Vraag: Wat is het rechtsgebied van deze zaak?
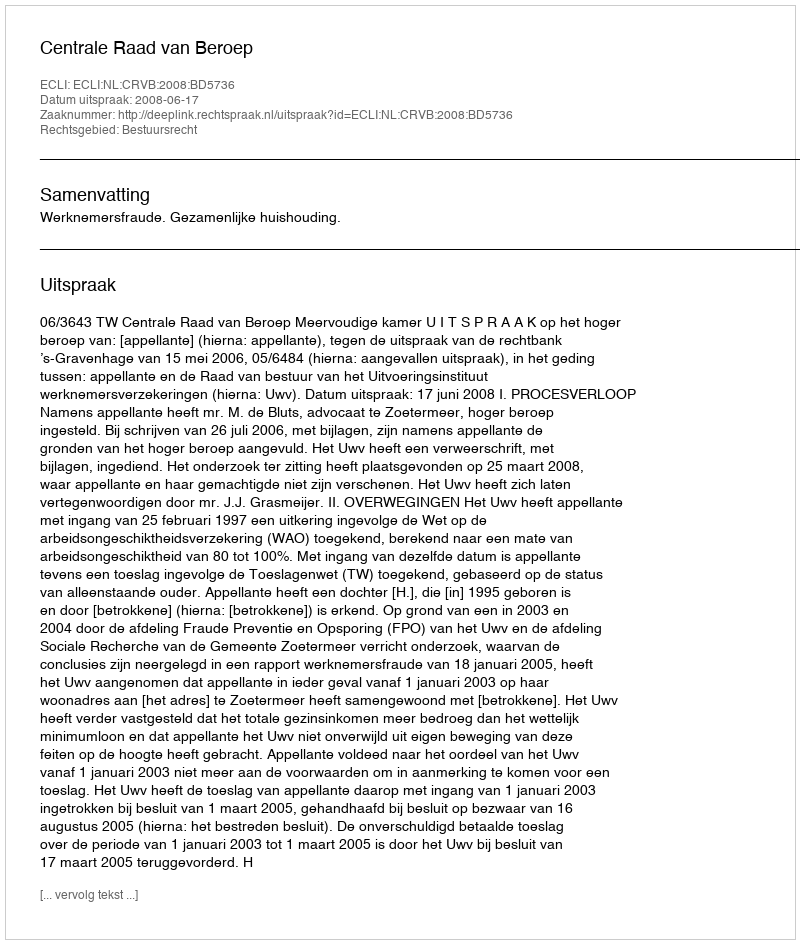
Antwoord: Bestuursrecht